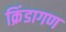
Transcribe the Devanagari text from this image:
क्रिंडागण